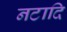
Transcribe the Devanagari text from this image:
नटादि